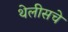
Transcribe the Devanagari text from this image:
थेलीसचे